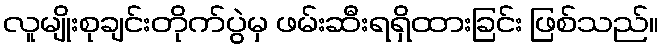
လူမျိုးစုချင်းတိုက်ပွဲမှ ဖမ်းဆီးရရှိထားခြင်း ဖြစ်သည်။